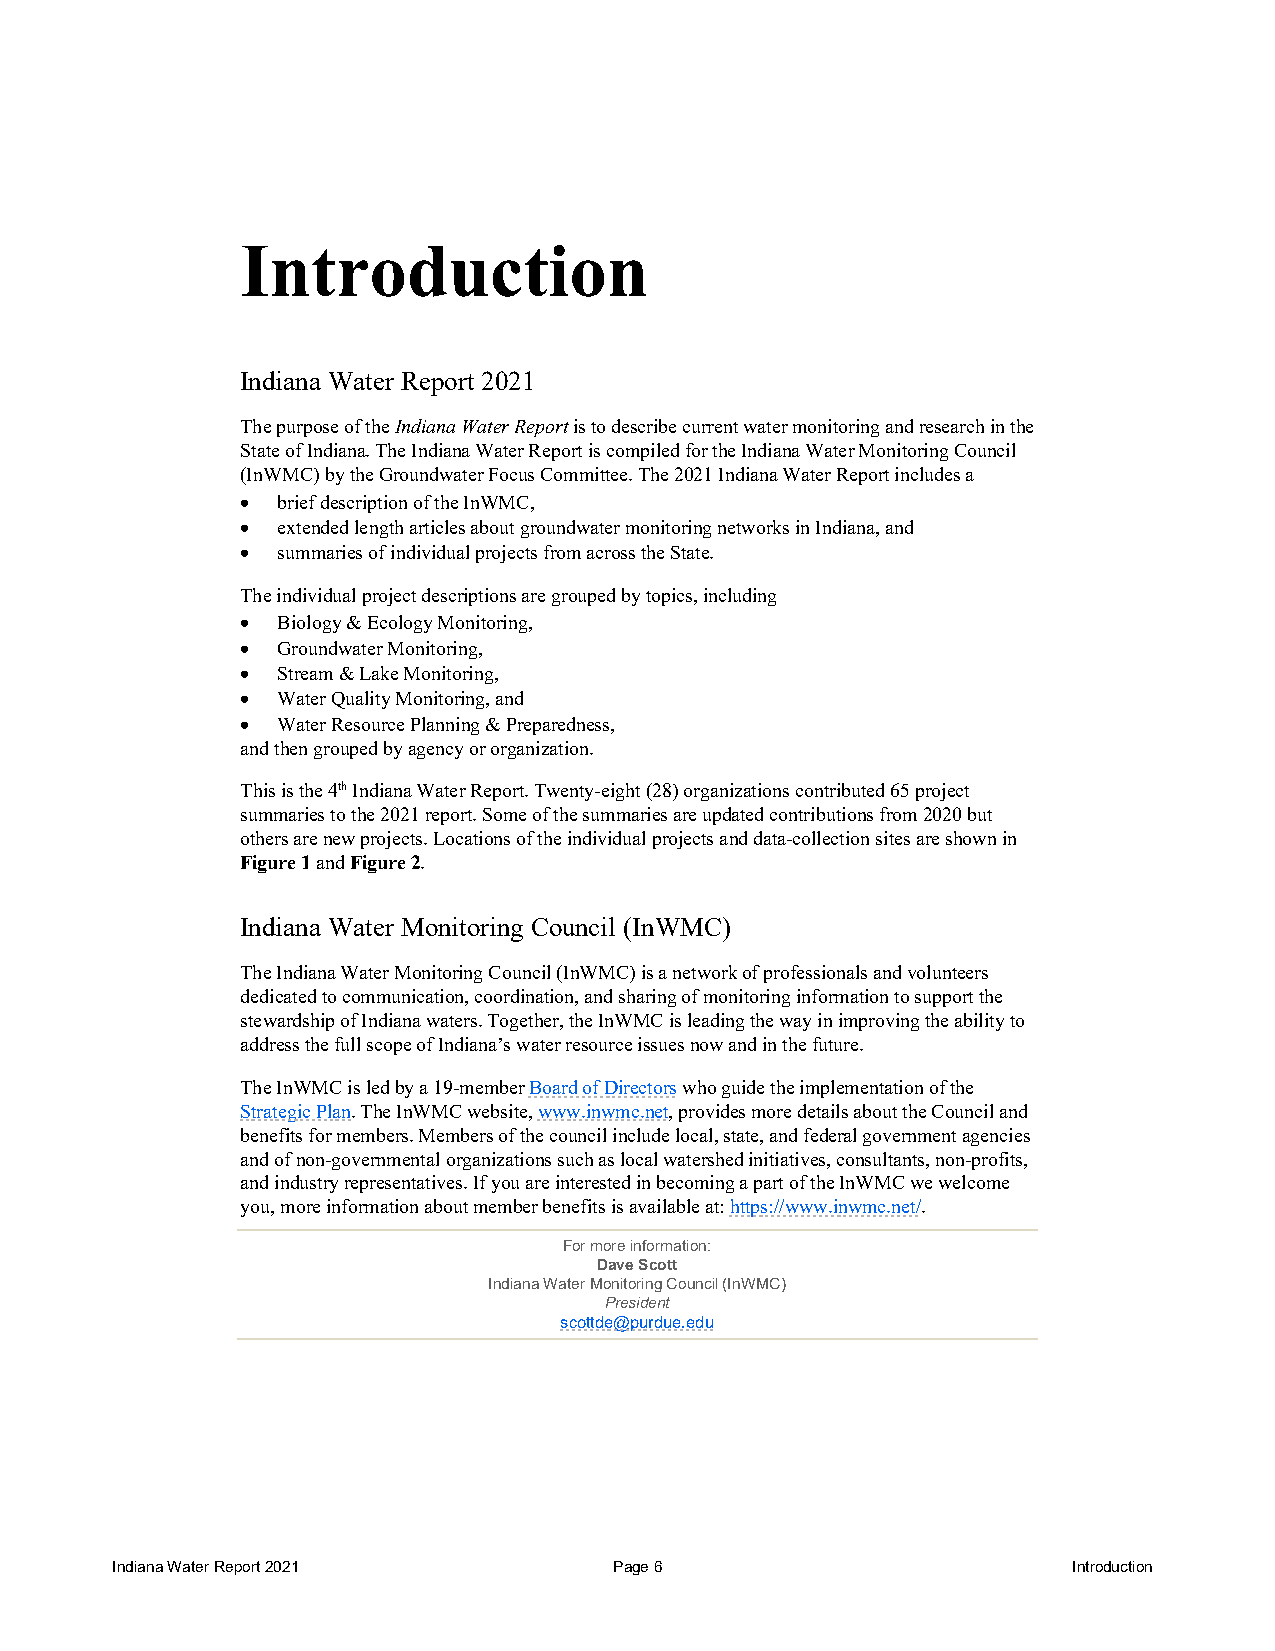
Introduction
 Indiana Water Report 2021
 The purpose of the Indiana Water Report is to describe current water monitoring and research in the
 State of Indiana. The Indiana Water Report is compiled for the Indiana Water Monitoring Council
 (InWMC) by the Groundwater Focus Committee. The 2021 Indiana Water Report includes a
 • brief description of the InWMC,
 • extended length articles about groundwater monitoring networks in Indiana, and
 • summaries of individual projects from across the State.
 The individual project descriptions are grouped by topics, including
 • Biology & Ecology Monitoring,
 • Groundwater Monitoring,
 • Stream & Lake Monitoring,
 • Water Quality Monitoring, and
 • Water Resource Planning & Preparedness,
 and then grouped by agency or organization.
 This is the 4th Indiana Water Report. Twenty-eight (28) organizations contributed 65 project
 summaries to the 2021 report. Some of the summaries are updated contributions from 2020 but
 others are new projects. Locations of the individual projects and data-collection sites are shown in
 Figure 1 and Figure 2.
 Indiana Water Monitoring Council (InWMC)
 The Indiana Water Monitoring Council (InWMC) is a network of professionals and volunteers
 dedicated to communication, coordination, and sharing of monitoring information to support the
 stewardship of Indiana waters. Together, the InWMC is leading the way in improving the ability to
 address the full scope of Indiana’s water resource issues now and in the future.
 The InWMC is led by a 19-member Board of Directors who guide the implementation of the
 Strategic Plan. The InWMC website, www.inwmc.net, provides more details about the Council and
 benefits for members. Members of the council include local, state, and federal government agencies
 and of non-governmental organizations such as local watershed initiatives, consultants, non-profits,
 and industry representatives. If you are interested in becoming a part of the InWMC we welcome
 you, more information about member benefits is available at: https://www.inwmc.net/.
 For more information:
 Dave Scott
 Indiana Water Monitoring Council (InWMC)
 President
 scottde@purdue.edu
 Indiana Water Report 2021         Page 6                        Introduction